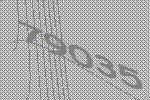
79035